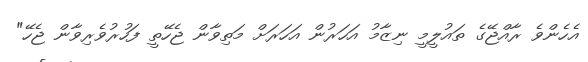
އެހެންވެ ރާއްޖޭގެ ތައުލީމީ ނިޒާމު އަހަރުން އަހަރަށް މަތިވާން ޖެހޭތީ ފަހުރުވެރިވާން ޖެހޭ"